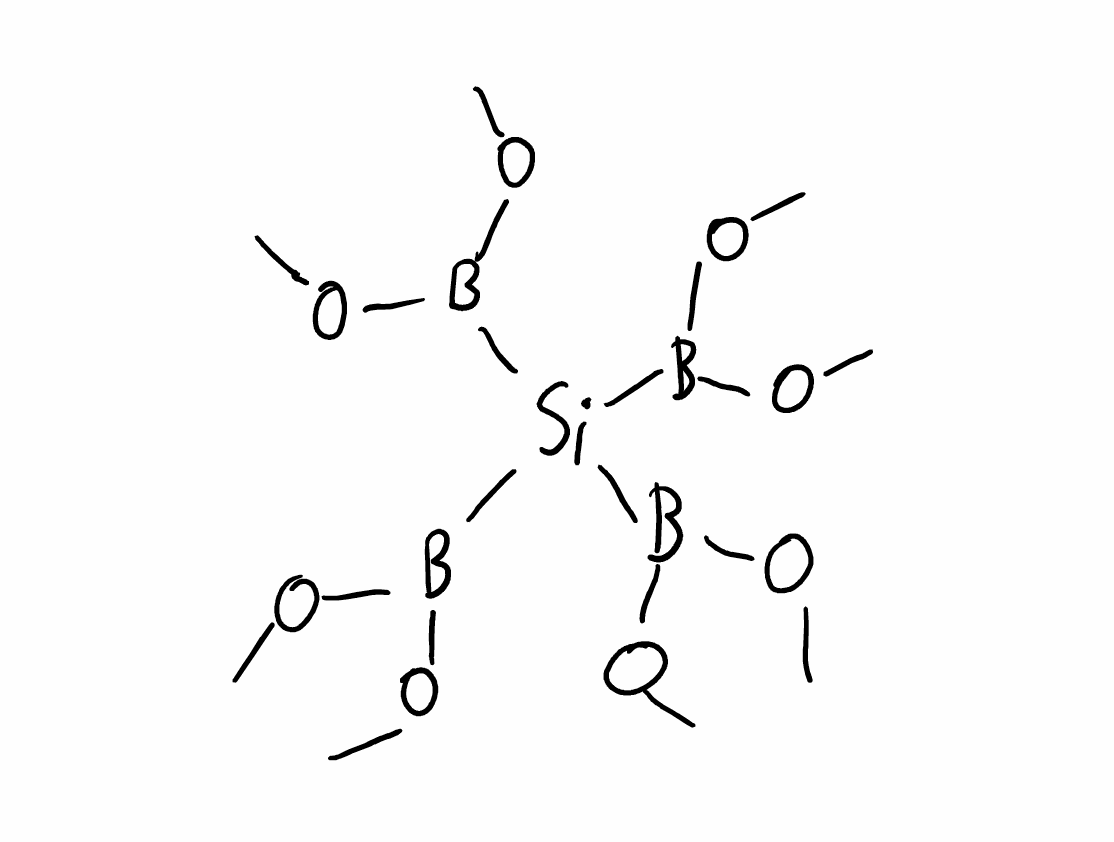
Simplified molecular-input line-entry system (SMILES) notation of the given molecule:
B(OC)(OC)[Si](B(OC)OC)(B(OC)OC)B(OC)OC